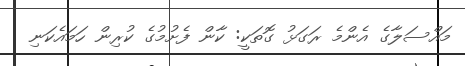
މައްސަލާގެ އެންމެ ރަގަޅު ގޮތަކީ: ކާން ފެށުމުގެ ކުރިން ހަމައެކަނި